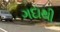
ગદાથી